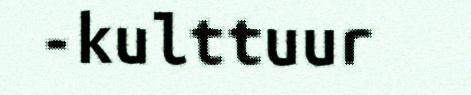
-kulttuur